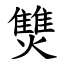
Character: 㸈